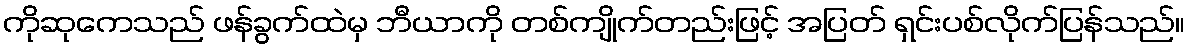
ကိုဆုကေသည် ဖန်ခွက်ထဲမှ ဘီယာကို တစ်ကျိုက်တည်းဖြင့် အပြတ် ရှင်းပစ်လိုက်ပြန်သည်။